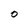
Character: O